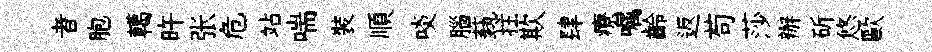
者胞轕旿张危站喘裝順啖腦蓺拄欺肆療嘱齡返苟莎辦斫悠歐